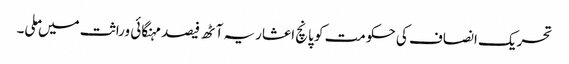
تحریک انصاف کی حکومت کو پانچ اعشاریہ آٹھ فیصد مہنگائی وراثت میں ملی۔